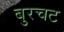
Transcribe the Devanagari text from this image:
बुरचट